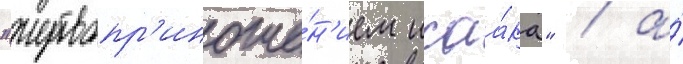
"жертвопр'иноше́н'ием исаа́ка" / а́